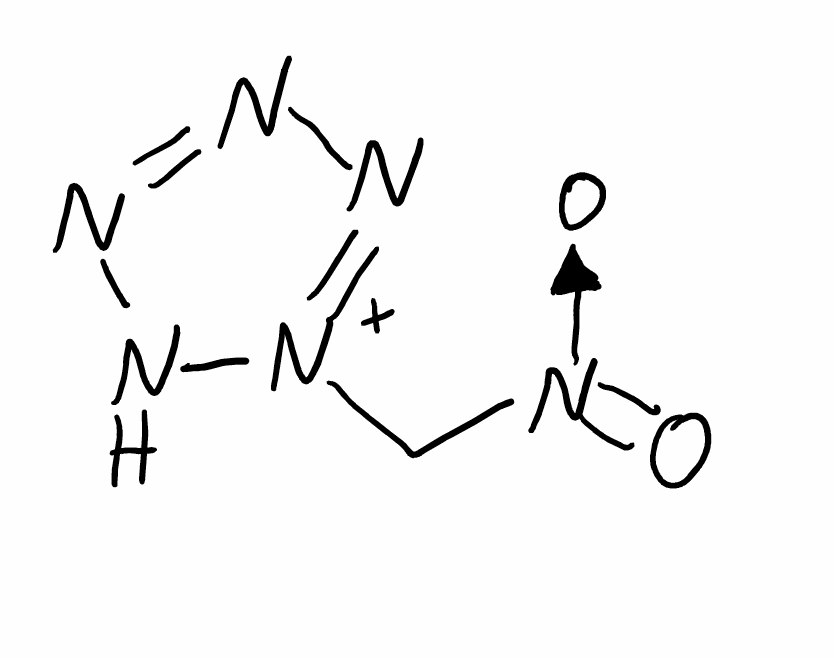
Simplified molecular-input line-entry system (SMILES) notation of the given molecule:
C([N+]1=NN=NN1)[N+](=O)[O-]